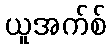
ယူအက်စ်